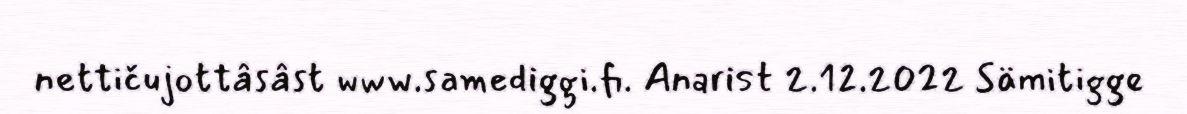
nettičujottâsâst www.samediggi.fi. Anarist 2.12.2022 Sämitigge